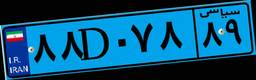
۹۴D۸۸۶۴۴